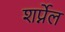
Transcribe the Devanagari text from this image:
शर्प्नेल